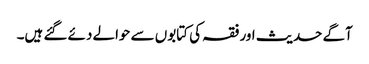
آگے حدیث اور فقہ کی کتابوں سے حوالے دئے گئے ہیں۔